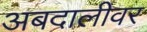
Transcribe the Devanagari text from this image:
अबदालीवर